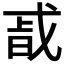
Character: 𭟴